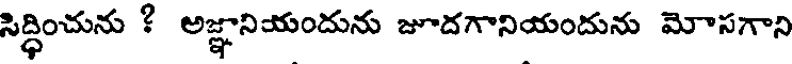
సిద్ధించును ? అజ్ఞానియందును జూదగానియందును మోసగాని